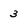
Character: 3